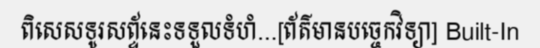
ពិសេសទូរសព្ទ័នេះទទួលទំហំ...[ព័ត៌មានបច្ចេកវិទ្យា] Built-In